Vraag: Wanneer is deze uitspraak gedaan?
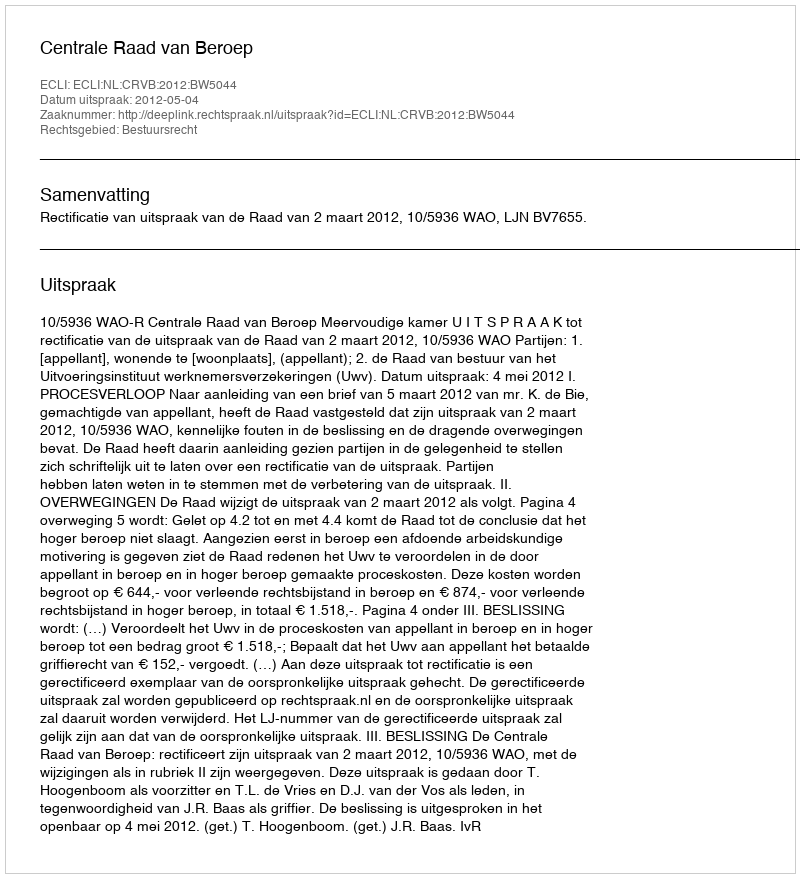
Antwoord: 2012-05-04